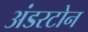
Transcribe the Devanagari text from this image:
अंडरटोन